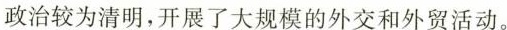
政治较为清明，开展了大规模的外交和外贸活动。